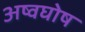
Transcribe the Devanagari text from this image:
अष्वघोष